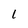
Character: 1